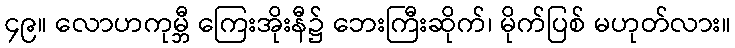
၄၉။ လောဟကုမ္ဘီ ကြေးအိုးနီ၌ ဘေးကြီးဆိုက်၊ မိုက်ပြစ် မဟုတ်လား။